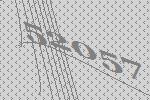
52057